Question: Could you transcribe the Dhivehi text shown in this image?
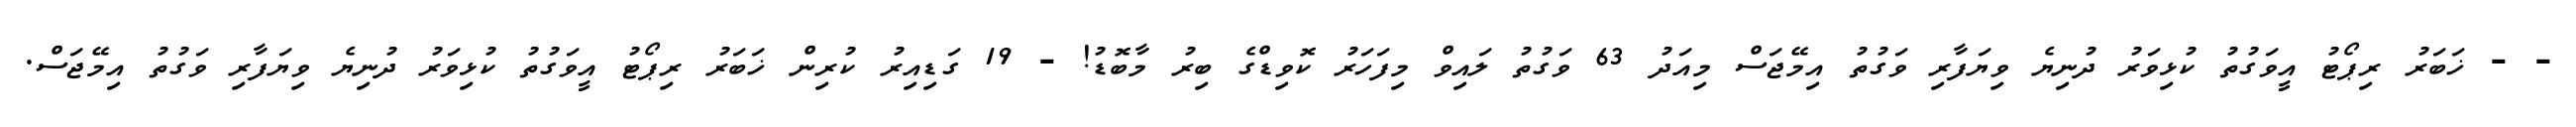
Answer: - - ޚަބަރު ރިޕޯޓު އީވަގުތު ކުޅިވަރު ދުނިޔެ ވިޔަފާރި ވަގުތު އިމޭޖަސް މިއަދު 63 ވަގުތު ލައިވް މިފަހަރު ކޮވިޑްގެ ބިރު މާބޮޑު! - 19 ގަޑިއިރު ކުރިން ޚަބަރު ރިޕޯޓު އީވަގުތު ކުޅިވަރު ދުނިޔެ ވިޔަފާރި ވަގުތު އިމޭޖަސް.